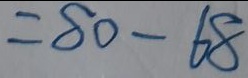
= 8 0 - 6 8